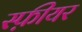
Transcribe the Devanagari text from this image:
स्फ़ीयर